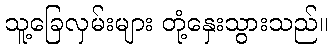
သူ့ခြေလှမ်းများ တုံ့နှေးသွားသည်။